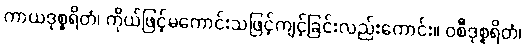
ကာယဒုစ္စရိတံ၊ ကိုယ်ဖြင့်မကောင်းသဖြင့်ကျင့်ခြင်းလည်းကောင်း။ ဝစီဒုစ္စရိတံ၊